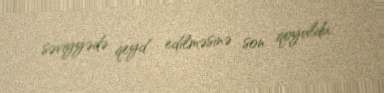
səviyyədə qeyd edilməsinə son qoyuldu.